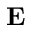
\mathbf { E }